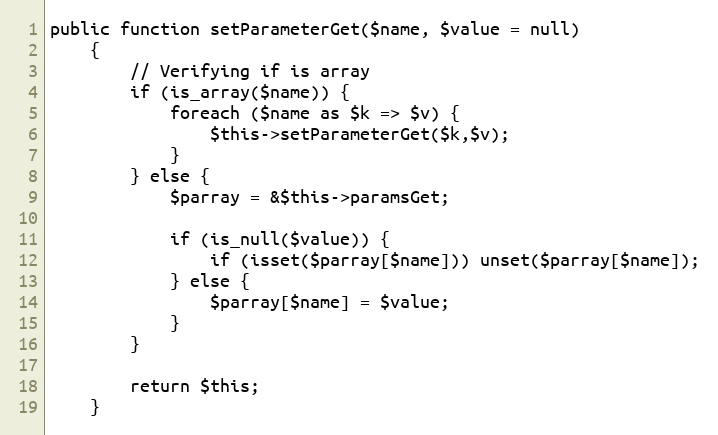
Language: PHP
public function setParameterGet($name, $value = null)
	{
		// Verifying if is array
		if (is_array($name)) {
			foreach ($name as $k => $v) {
				$this->setParameterGet($k,$v);
			}
		} else {
			$parray = &$this->paramsGet;

			if (is_null($value)) {
				if (isset($parray[$name])) unset($parray[$name]);
			} else {
				$parray[$name] = $value;
			}
		}

		return $this;
	}